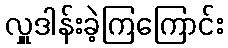
လှူဒါန်းခဲ့ကြကြောင်း